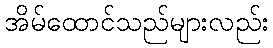
အိမ်ထောင်သည်များလည်း